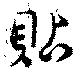
貼